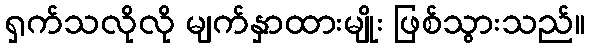
ရှက်သလိုလို မျက်နှာထားမျိုး ဖြစ်သွားသည်။